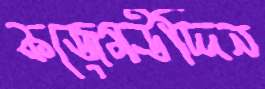
কজেমউদ্দিন